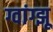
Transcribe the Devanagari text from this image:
ग्वांग्झू